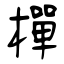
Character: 樿